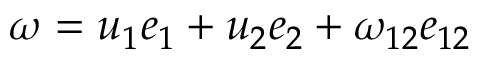
\omega = u _ { 1 } e _ { 1 } + u _ { 2 } e _ { 2 } + \omega _ { 1 2 } e _ { 1 2 }